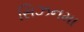
સિઝનમા